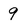
Character: 9